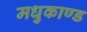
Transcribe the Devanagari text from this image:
मधुकाण्ड